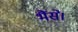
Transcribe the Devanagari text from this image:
भैंसे।